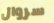
سروال